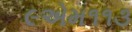
૯એમ૧૧૩